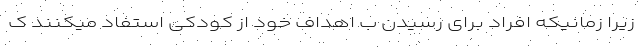
زیرا زمانیکه افراد برای رسیدن ب اهداف خود از کودکی استفاد میکنند ک